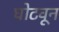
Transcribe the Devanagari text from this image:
घोटवून